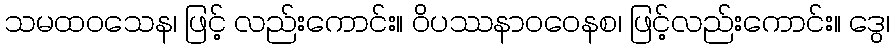
သမထဝသေန၊ ဖြင့် လည်းကောင်း။ ဝိပဿနာဝဝေနစ၊ ဖြင့်လည်းကောင်း။ ဒွေ၊